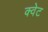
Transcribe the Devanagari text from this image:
क्वेट